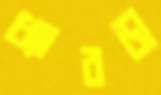
ধ্যাবড়া